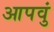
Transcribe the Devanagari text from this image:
आपवुं